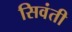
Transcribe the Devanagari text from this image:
सिवंती